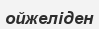
ойжеліден